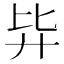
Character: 𰐉